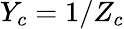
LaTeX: Y_{c}=1/Z_{c}